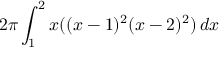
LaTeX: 2 \pi \int _ { 1 } ^ { 2 } x ( ( x - 1 ) ^ { 2 } ( x - 2 ) ^ { 2 } ) \, d x